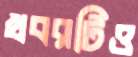
খবরটিও